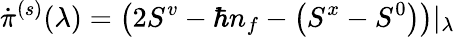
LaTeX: \dot{\pi}^{(s)}(\lambda)=\left(2S^{v}-\hbar n_{f}-\left(S^{x}-S^{0}\right)\right)\vert_{\lambda}